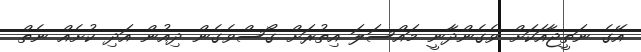
އޭގެ ނަތީޖާއަކަށް ވެގެންދާނީ މައްސަލަ އިތުރަށް ގޯސްވެގެން ދިއުން އަދި ކުށެއް ނެތް